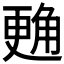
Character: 𲁜